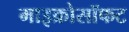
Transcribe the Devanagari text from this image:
माइक्रोसॉफट